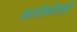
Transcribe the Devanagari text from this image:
कावीळीतही